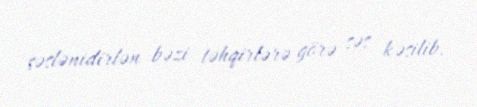
səslənidirlən bəzi təhqirlərə görə səs kəsilib.